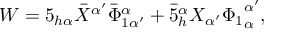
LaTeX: W = 5 _ { h \alpha } \bar { X } ^ { \alpha ^ { \prime } } \bar { \Phi } _ { 1 \alpha ^ { \prime } } ^ { \alpha } + \bar { 5 } _ { h } ^ { \alpha } X _ { \alpha ^ { \prime } } { \Phi _ { 1 } } _ { \alpha } ^ { \alpha ^ { \prime } } ,